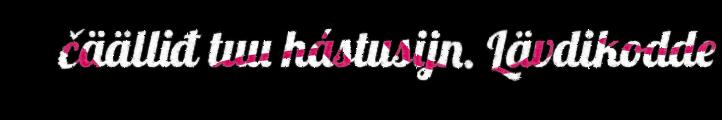
čäälliđ tuu hástusijn. Lävdikodde